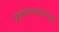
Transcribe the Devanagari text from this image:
प्रजोत्पादनापासून